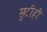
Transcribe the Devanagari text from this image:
सुटीही